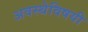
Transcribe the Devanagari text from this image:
अवस्थेविषयी